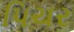
પિચર